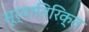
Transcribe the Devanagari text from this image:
सूर्यातिरिक्त